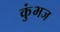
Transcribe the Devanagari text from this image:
कुंभज